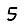
Digit: 5